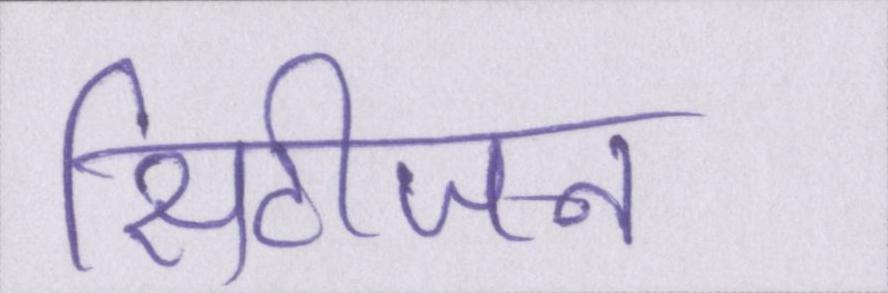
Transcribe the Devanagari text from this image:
सिटीजन